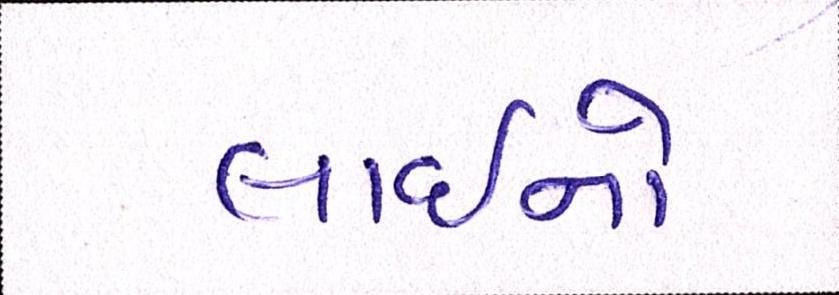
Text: લાઇનો